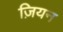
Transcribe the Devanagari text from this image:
ज़ियन